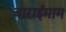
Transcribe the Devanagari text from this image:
बाराईमाम